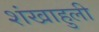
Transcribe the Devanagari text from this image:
शंखाहुली